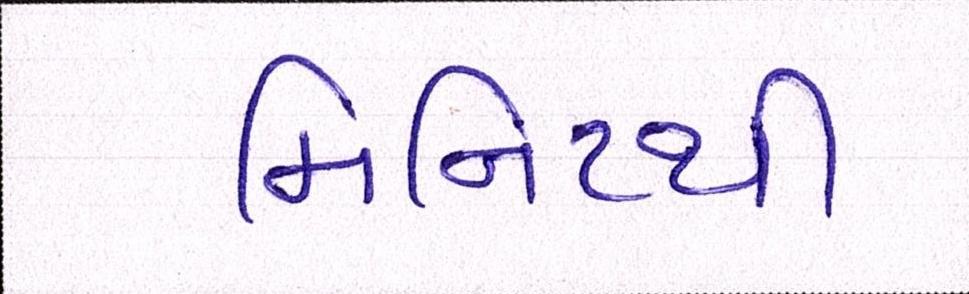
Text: મિનિટથી